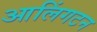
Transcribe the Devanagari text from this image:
आलिंगटन